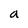
Character: a